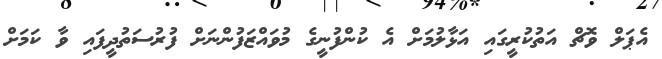
އެޕަލް ވޮޗް އަތުކުރީގައި އަޅާލުމަށް އެ ކުންފުނީގެ މުވައްޒަފުންނަށް ފުރުސަތުދީފައި ވާ ކަމަށް